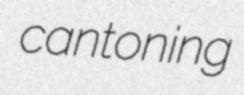
cantoning